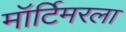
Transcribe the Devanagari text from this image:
मॉर्टिमरला